system: You are a helpful assistant.
user:
Analyze the provided spectrum to determine if it is a **White Dwarf (WD)**.

A White Dwarf spectrum is defined by its **extreme purity** (due to gravitational settling) and/or **extreme pressure broadening** (due to high surface gravity). You must check for one of the following mutually exclusive signatures:

- **Key Visual Indicators (Check for ONE of these types):**

    - **1. DA-Type Signature (Most Common):**
        - **(Primary Feature):** Extreme pressure broadening (Stark broadening) of the **Hydrogen (H) Balmer lines**.
        - **(Key Lines):** $H\beta$ (approx. $4861$ Å) and $H\gamma$ (approx. $4340$ Å). $H\alpha$ (approx. $6563$ Å) will also be present if the wavelength range covers it.
        - **(Line Profile):** This is the **defining feature**. The lines are **NOT** sharp. They appear as massive, **extremely broad and deep "troughs" or "dips"** in the spectrum, often hundreds of Ångströms wide. The continuum will appear to "scoop" down at these wavelengths.
        - **(Distinction):** Normal A-type or B-type stars have *narrow* and *sharp* Hydrogen lines. A DA White Dwarf's lines are unmistakably "smeared" or "blurry" from pressure.

    - **2. DB-Type Signature:**
        - **(Primary Feature):** Broad absorption lines from **Neutral Helium (He I)**. The spectrum must lack any visible Hydrogen lines.
        - **(Key Lines):** Look for broad absorption near $4471$ Å, $4921$ Å, and $5876$ Å.
        - **(Line Profile):** These lines are also significantly pressure-broadened, appearing much wider than they would in a normal B-type main-sequence star.

    - **3. DC-Type Signature:**
        - **(Primary Feature):** A **featureless continuous spectrum**.
        - **(Line Profile):** The spectrum is a smooth curve with **no significant absorption or emission lines**.
        - **(Key Confirmation):** The continuum is almost always **blue or white**, indicating a hot object. This signature implies the atmosphere is so pure (or so cool) that no spectral lines are visible in the optical range. Its WD identity is confirmed by its extremely low intrinsic brightness (high absolute magnitude).

    - **4. DZ-Type Signature (Metal-Polluted):**
        - **(Primary Feature):** **Isolated, narrow metal absorption lines** on an otherwise featureless (DC-like) continuum.
        - **(Key Lines):** The **Calcium (Ca II) H & K doublet** (approx. **$3934$ Å** and **$3968$ Å**) is the most common and defining feature.
        - **(Line Profile):** These lines are "out of place." They are *not* part of a "forest" of thousands of lines. This signature is evidence of recent *accretion* (pollution) from rocky debris.
        - **(Distinction):** Normal G/K/M stars have a *dense forest* of thousands of metal lines. A DZ has a *clean* continuum with *only a few* strong metal lines.

    - **5. DQ-Type Signature (Carbon-Polluted):**
        - **(Primary Feature):** Absorption bands from **Carbon (C₂ "Swan Bands" or atomic C I)**.
        - **(Key Lines - C₂):** Look for bandheads with a "saw-tooth" shape near $5635$ Å, **$5165$ Å** (strongest), and $4737$ Å.
        - **(Key Confirmation):** The underlying **continuum must be blue or white** (hot).
        - **(Distinction):** This is the critical difference from a **Carbon Star**, which has the *exact same* C₂ bands but on an extremely **red, cool** continuum.

- **(Overall Spectrum):**
    - The continuum (overall shape) is typically **blue-sloping** (brighter in the blue than the red), as most white dwarfs are very hot.
    - The spectrum will look "pure" or "simple," dominated by only *one* of the five signatures listed above.

Think first, call **spectral_visualization_tool** if needed to examine features in detail, then provide your final answer. Your response must adhere to the following strict rules:
1.  **Overall Structure:** Your response must follow the format `<think>...</think> <tool_call>...</tool_call> (if a tool is used) <answer>...</answer>`.
2.  **Tool Usage Constraint:** You may only make **one** tool call per turn.
3.  **Final Answer Format:** In the `<answer>` tag, your conclusion must be inside a `\boxed{}` command (e.g., `\boxed{YES}` or `\boxed{NO}`), followed by your justification.

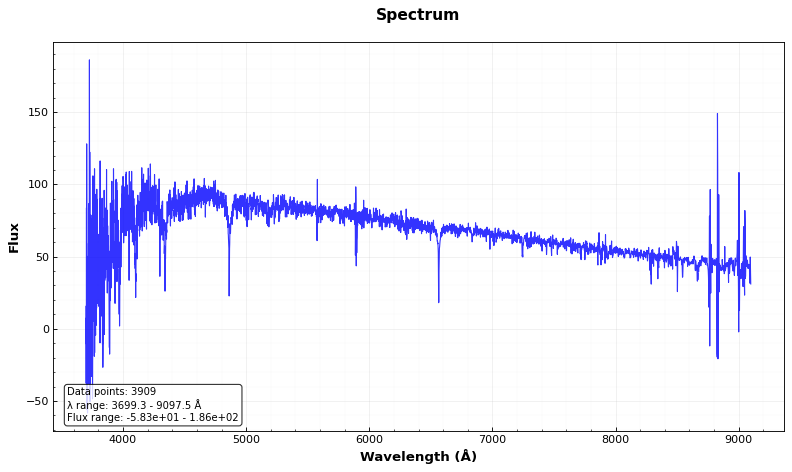
Answer: NO